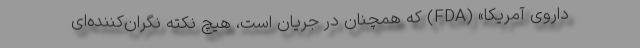
داروی آمریکا» (FDA) که همچنان در جریان است، هیچ نکته نگران‌کننده‌ای